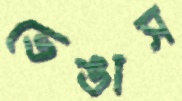
ভেঙাস